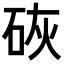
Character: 𪿙